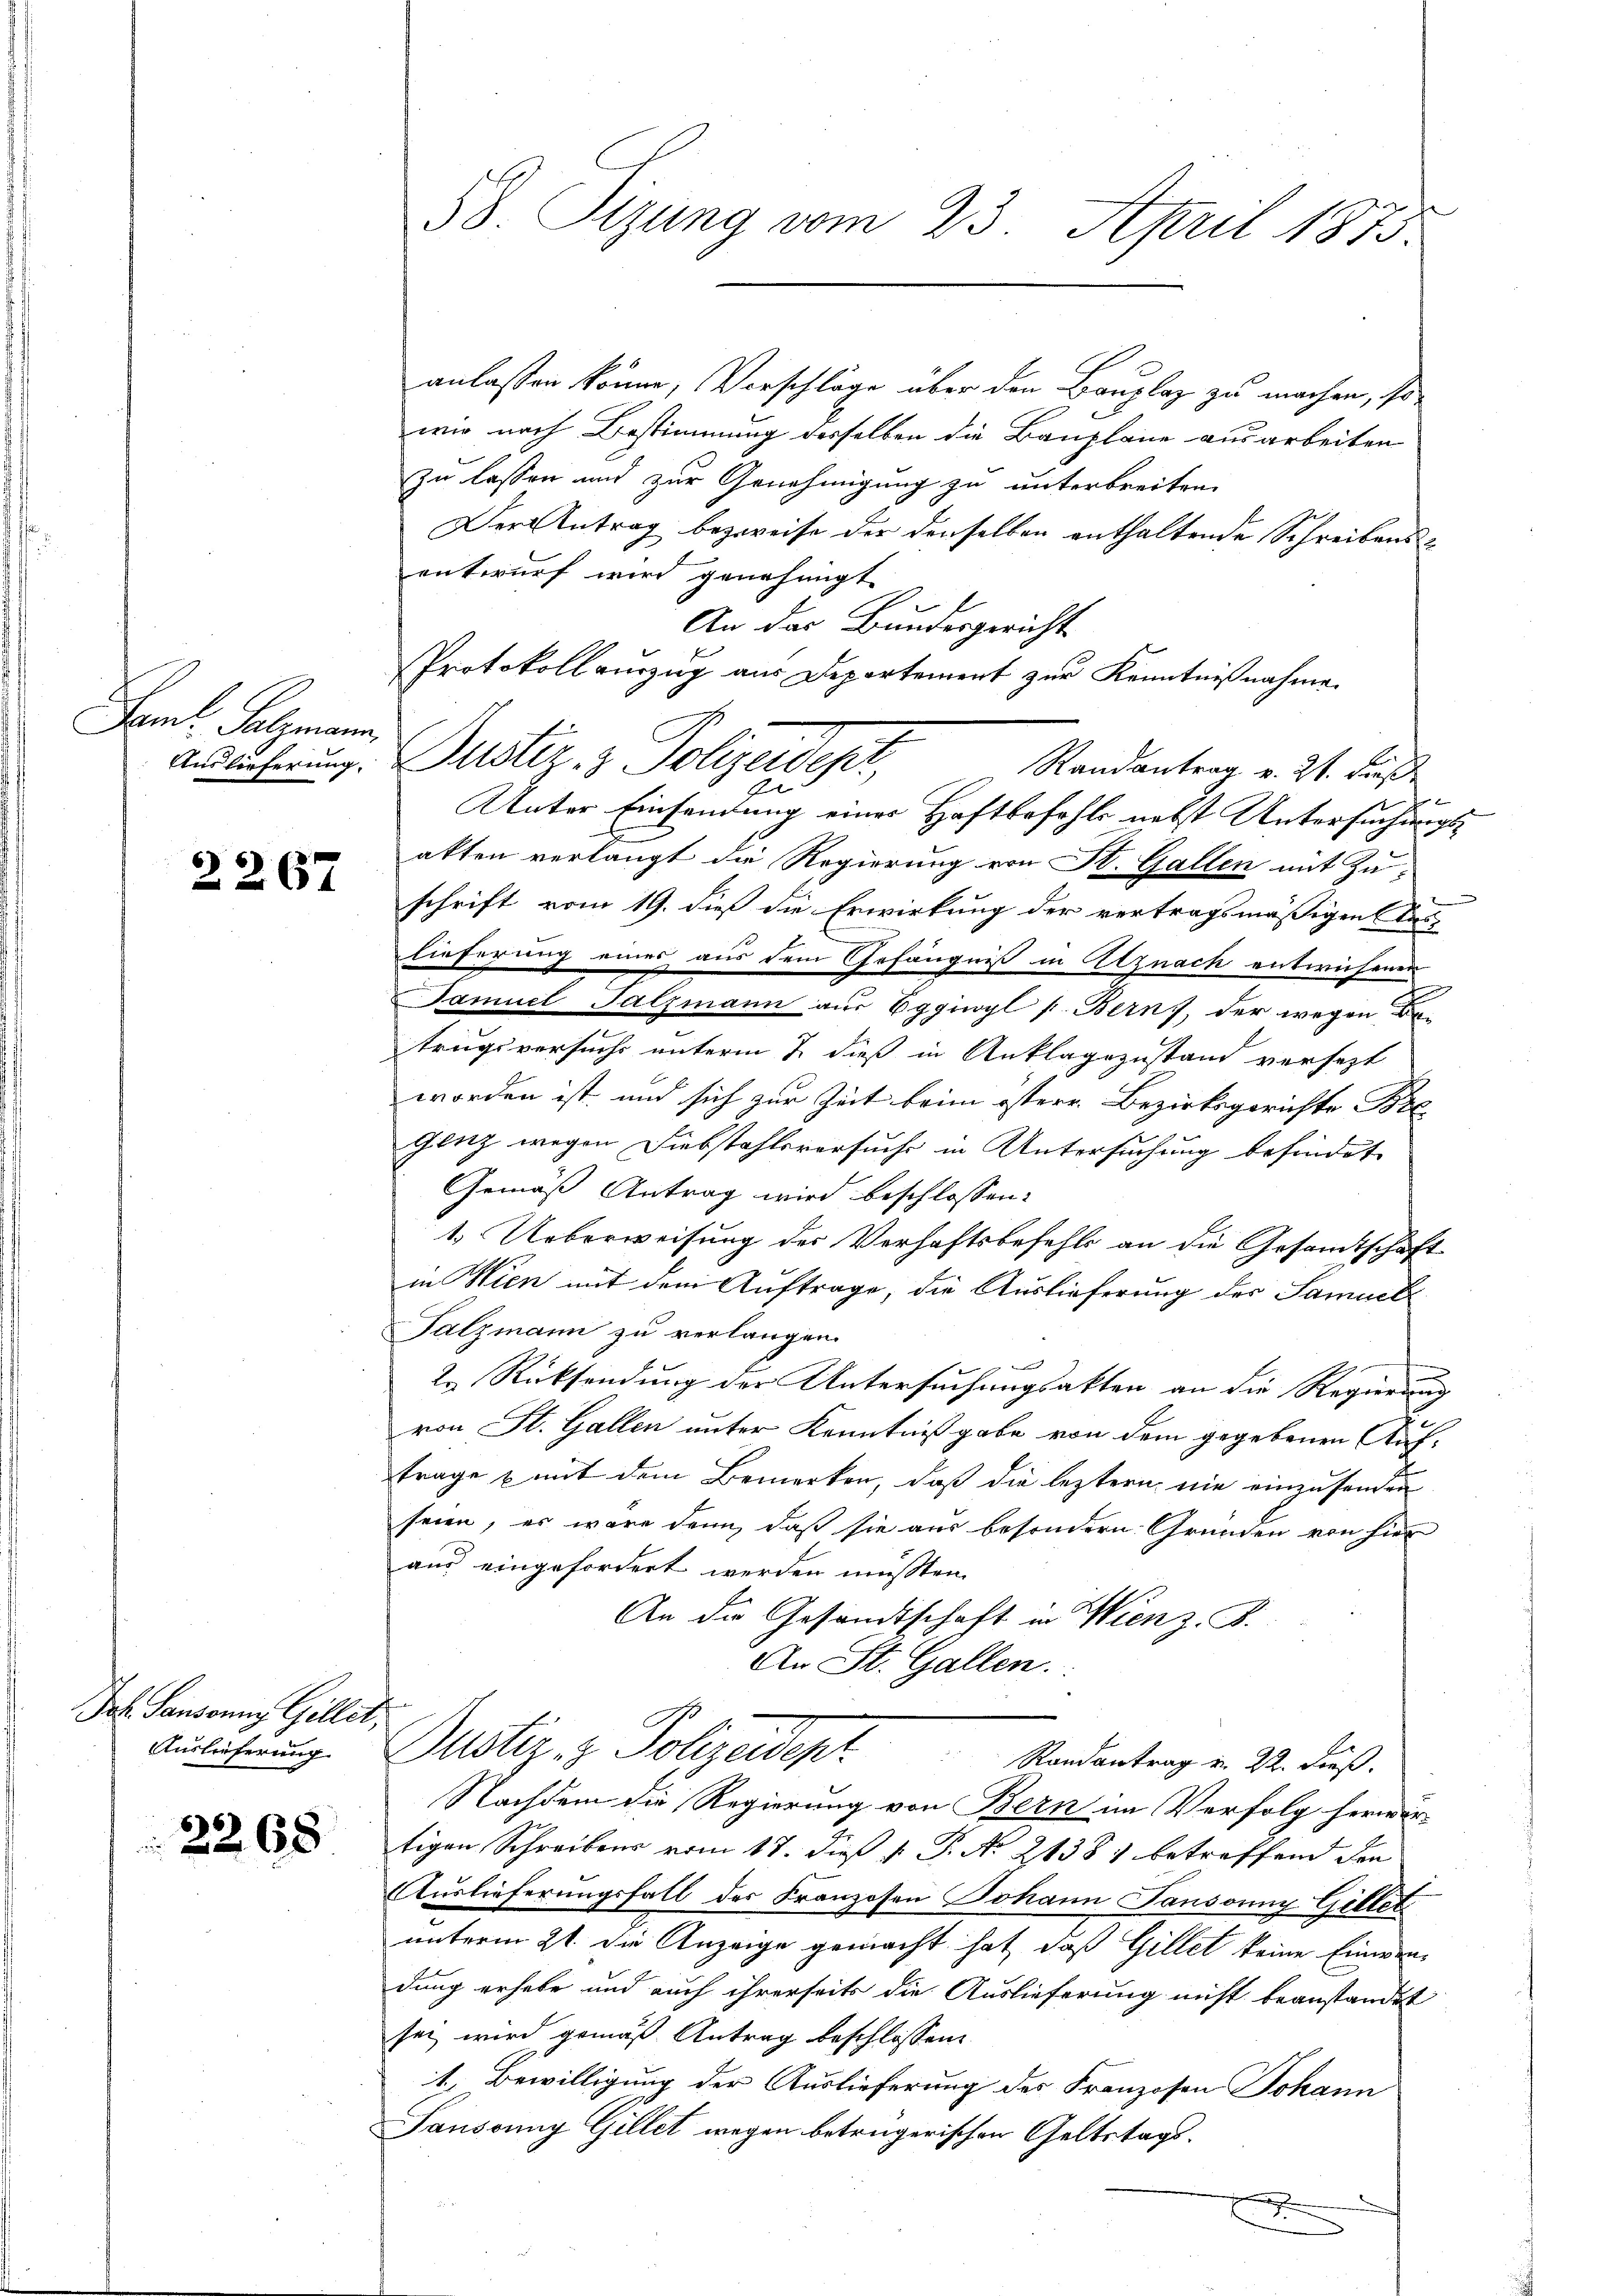
Faml. Salzmann

2267

Jol. Pansonny Giller
Auslieferung

2268

58. Sizung vom 23. April 1873.

anlassen könne, Vorschläge über den Bauplaz zu machen, so
wir nach Bestimmung desselben die Bauplane ausarbeiten
zu lassen und zur Genehmigung zu unterbreiten.
Der Antrag bezweife der denselben enthaltende Schreibensentwurf wird genehmigt.
An das Bundesgericht
Protokoll auszug aus Departement zur Kenntnißnahme.
Andlicherung. Justiz- & Polizeidept,
Randantrag v. 21. dieß
Al
Unter Einsendung einer Haftbefahls nebst Untersuchungsatten verlangt die Regierung von St. Gallen mit Zu-
schrift vom 19. dieß die Erwirkung der vertragsmäßigen Aus-
lieferung eines aus dem Gefängniß in Alznach entwichenen
Samuel Salzmann aus Eggiwyl p. Bern, der wegen Dr.
trugsversuchs unterm 2. dieß in Anklagezustand versetzt
worden ist, und sich zur Zeit beim österr. Bezirksgerichte Bre
Gentz wegen Diebstahlsversucht in Untersuchung befindet
Gemäß Antrag wird beschlossen:
1. Ueberweisung des Verhaftsbefehls an die Gesamtschaft
in Wien mit dem Auftrage, die Auslieferung der Samuel
Falzmann zu verlangen.
2. Rücksendung der Untersuchungsakten an die Regierung
u
von St. Gallen unter Kenntnißgabe von dem gegebenen Auftrage & mit dem Bemerken, daß die leztern nie einzusenden
seien, es wäre denn, daß sie aus besondern Gründen von hier
aus eingefordert werden müssten.
An die Gesandtschaft in Wien z. B.
An St. Gallen.
c
Justiz- & Polizeident. Mandantrag v. 22. Fuß.
Nachdem die Regierung von Bern im Verfolg herwärtigen Schreibens vom 17. dieß v. P. No 21381 betreffend den
Auslieferungsfall der Franzosen Johann Pansonny Gellet
unterm 21. die Anzeige gemacht hat, daß Gillet keine Einwirdung erhebe und auch ihrerseits die Auslieferung nicht beanstandet
sei wird gemäß Antrag beschlossen
1. Bewilligung der Auslieferung des Franzosen Johann
Saussung Gillet wegen betrügerischen Geltstagsx